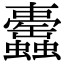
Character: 𧕰